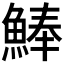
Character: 𩸮